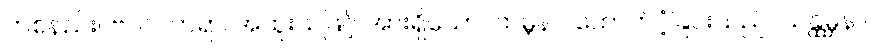
တစ်နည်း။ ဗလဝတရာ၊ အထူးသဖြင့် အားရှိသော။ ထမ္ဘနာ၊ ထောက်ပံ့ခြင်းသည်။ သန္ထမ္ဘနာ၊